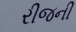
રીજની